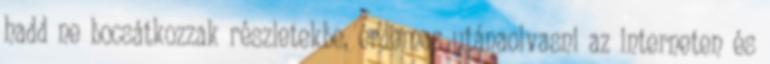
hadd ne bocsátkozzak részletekbe, érdemes utánaolvasni az interneten és